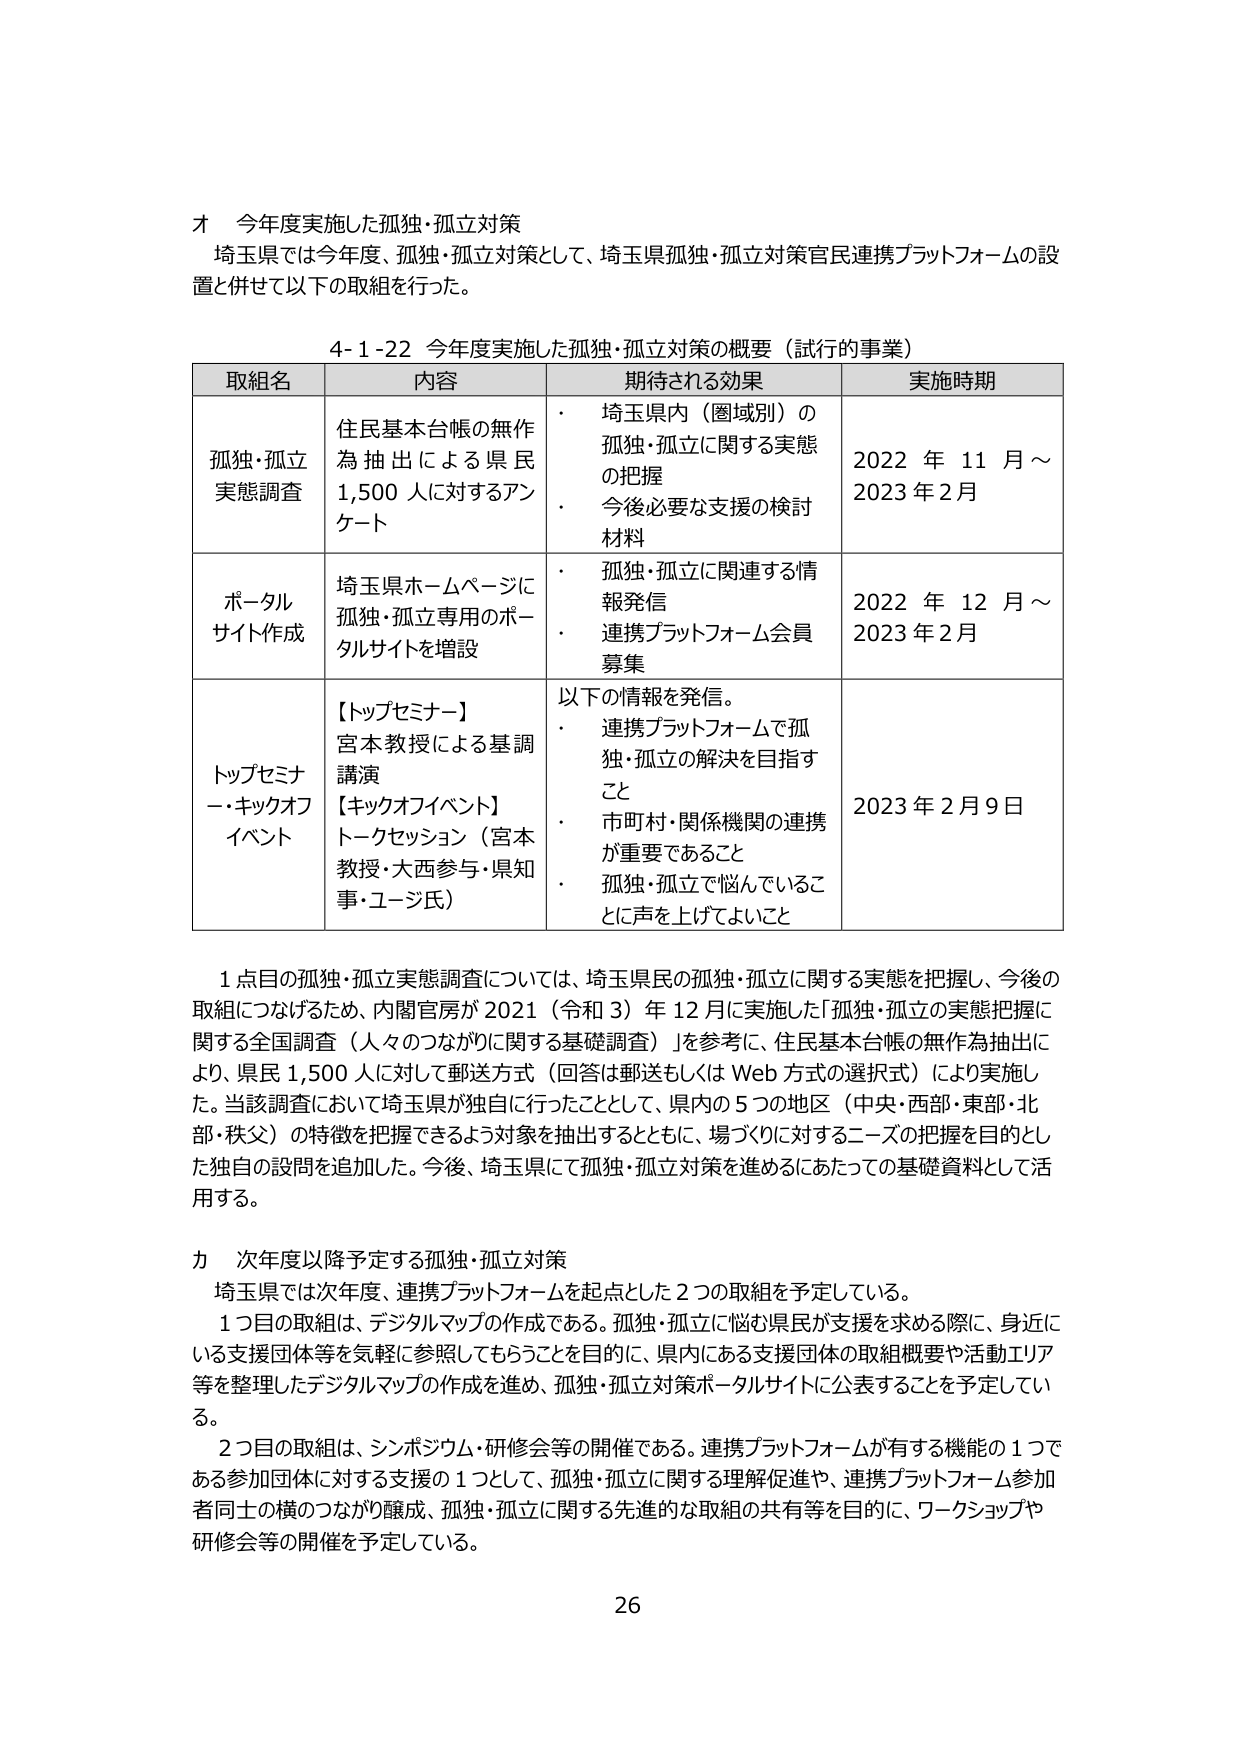
オ 今年度実施した孤独・孤立対策
埼玉県では今年度、孤独・孤立対策として、埼玉県孤独・孤立対策官民連携プラットフォームの設置と併せて以下の取組を行った。

4-1-22 今年度実施した孤独・孤立対策の概要（試行的事業）

| 取組名 | 内容 | 期待される効果 | 実施時期 |
|--------|------|----------------|----------|
| 孤独・孤立実態調査 | 住民基本台帳の無作為抽出による県民1,500人に対するアンケート | ・ 埼玉県内（圏域別）の孤独・孤立に関する実態の把握<br>・ 今後必要な支援の検討材料 | 2022年11月～2023年2月 |
| ポータルサイト作成 | 埼玉県ホームページに孤独・孤立専用のポータルサイトを増設 | ・ 孤独・孤立に関連する情報発信<br>・ 連携プラットフォーム会員募集 | 2022年12月～2023年2月 |
| トップセミナー・キックオフイベント | 【トップセミナー】<br>宮本教授による基調講演<br>【キックオフイベント】<br>トークセッション（宮本教授・大西参与・県知事・ユージ氏） | 以下の情報を発信。<br>・ 連携プラットフォームで孤独・孤立の解決を目指すこと<br>・ 市町村・関係機関の連携が重要であること<br>・ 孤独・孤立で悩んでいることに声を上げてよいこと | 2023年2月9日 |

1点目の孤独・孤立実態調査については、埼玉県民の孤独・孤立に関する実態を把握し、今後の取組につなげるため、内閣官房が2021（令和3）年12月に実施した「孤独・孤立の実態把握に関する全国調査（人々のつながりに関する基礎調査）」を参考に、住民基本台帳の無作為抽出により、県民1,500人に対して郵送方式（回答は郵送もしくはWeb方式の選択式）により実施した。当該調査において埼玉県が独自に行ったこととして、県内の5つの地区（中央・西部・東部・北部・秩父）の特徴を把握できるよう対象を抽出するとともに、場づくりに対するニーズの把握を目的とした独自の設問を追加した。今後、埼玉県にて孤独・孤立対策を進めるにあたっての基礎資料として活用する。

カ 次年度以降予定する孤独・孤立対策
埼玉県では次年度、連携プラットフォームを起点とした2つの取組を予定している。
1つ目の取組は、デジタルマップの作成である。孤独・孤立に悩む県民が支援を求める際に、身近にいる支援団体等を気軽に参照してもらうことを目的に、県内にある支援団体の取組概要や活動エリア等を整理したデジタルマップの作成を進め、孤独・孤立対策ポータルサイトに公表することを予定している。
2つ目の取組は、シンポジウム・研修会等の開催である。連携プラットフォームが有する機能の1つである参加団体に対する支援の1つとして、孤独・孤立に関する理解促進や、連携プラットフォーム参加者同士の横のつながり醸成、孤独・孤立に関する先進的な取組の共有等を目的に、ワークショップや研修会等の開催を予定している。

26